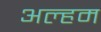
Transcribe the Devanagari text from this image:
अल्हम